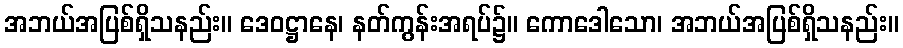
အဘယ်အပြစ်ရှိသနည်း။ ဒေဝဋ္ဌာနေ၊ နတ်ကွန်းအရပ်၌။ ကောဒေါသော၊ အဘယ်အပြစ်ရှိသနည်း။